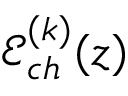
\mathcal { E } _ { c h } ^ { ( k ) } ( z )